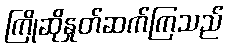
ကြိုဆိုနှုတ်ဆက်ကြသည်